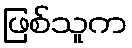
ဖြစ်သူက